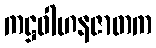
ကဋ္ဌဝါဟနဇာတက